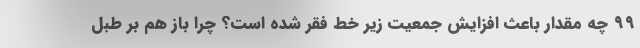
۹۹ چه مقدار باعث افزایش جمعیت زیر خط فقر شده است؟ چرا باز هم بر طبل